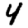
Digit: 4